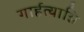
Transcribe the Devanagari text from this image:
गार्हत्याग्नि